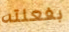
بفعلته